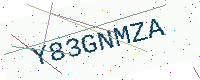
Text: Y83GNMZA